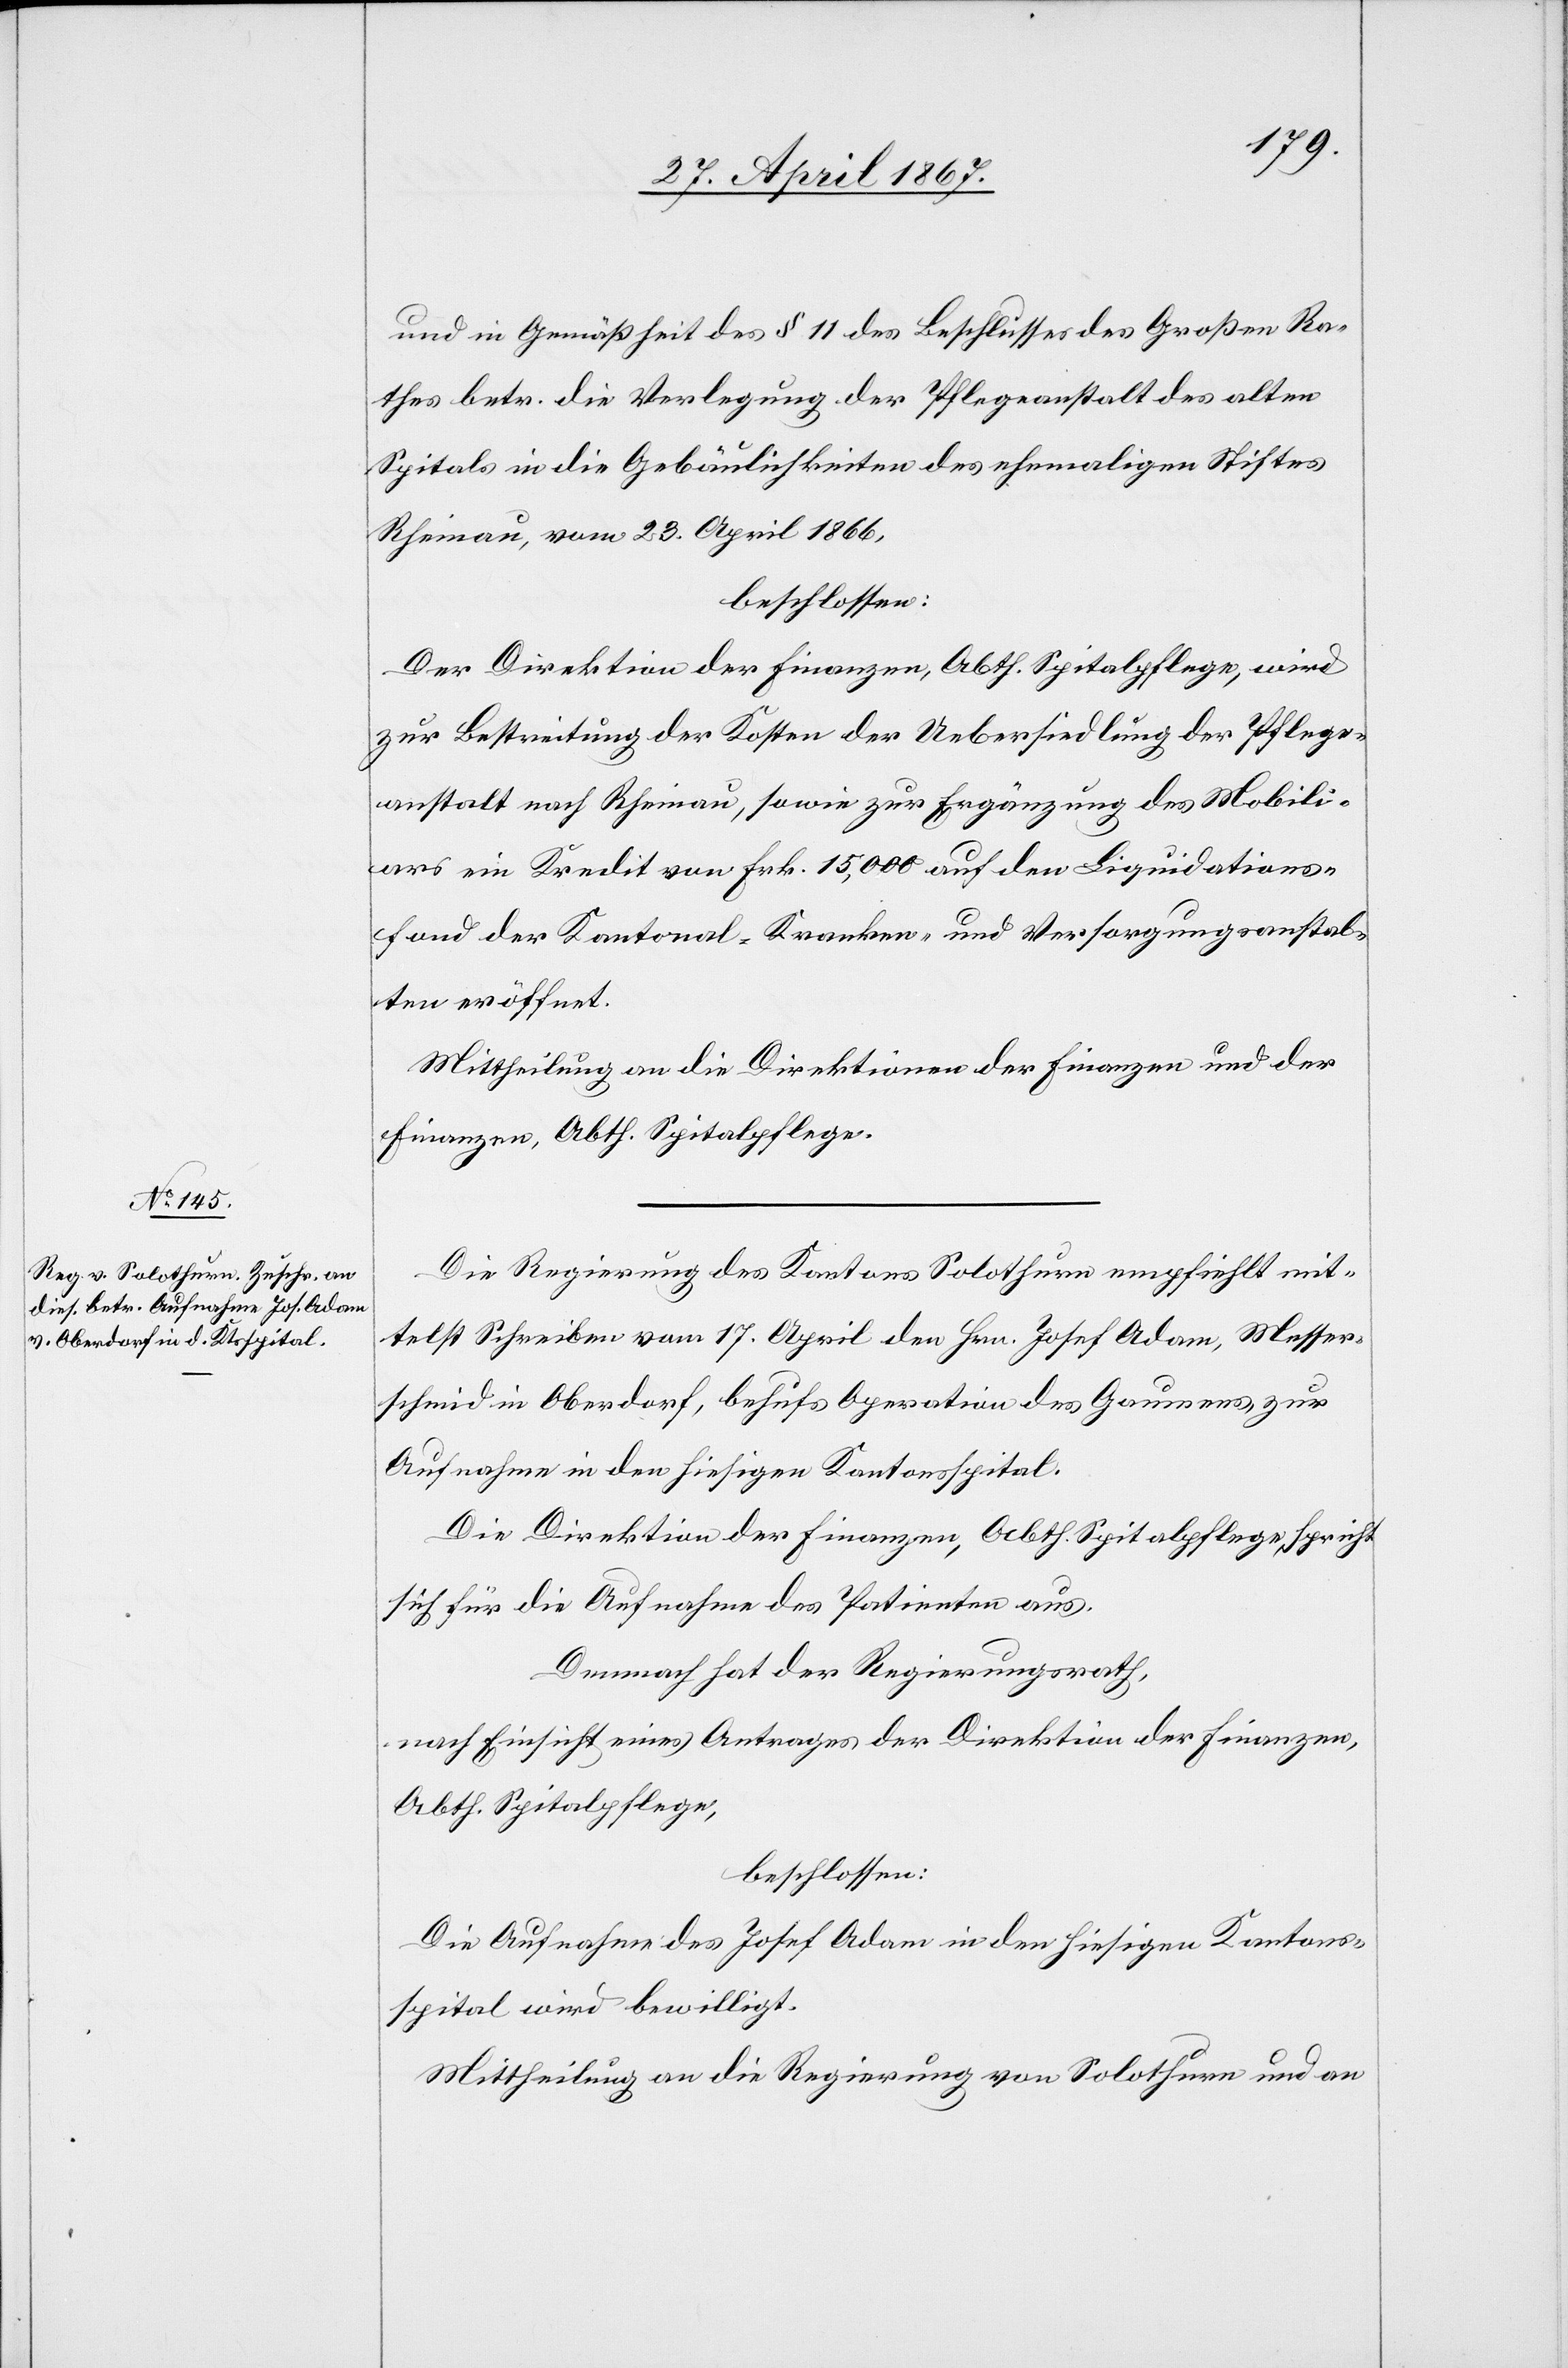
und in Gemäßheit des § 111 des Beschlusses des Großen Ra¬
thes betr. die Verlegung der Pflegeanstalt des alten
Spitals in die Gebäulichkeiten des ehemaligen Stiftes
Rheinau, vom 23. April 1866,
beschlossen.
Der Direktion der Finanzen, Abth. Spitalpflege, wird
zur Bestreitung der Kosten der Uebersiedlung der Pflege¬
anstalt nach Rheinau, sowie zur Ergänzung des Mobili¬
ars ein Kredit von Frk. 15,000 auf den Liquidations¬
fond der Kantonal-Kranken- und Versorgungsanstal¬
ten eröffnet.
Mittheilung an die Direktion der Finanzen und der
Finanzen, Abth. Spitalpflege.
Die Regierung des Kantons Solothurn empfiehlt mit¬
telst Schreiben vom 17. April den Hrn. Josef Adam, Messer¬
schmid in Oberdorf, behufs Operation des Gaumens zur
Aufnahme in den hiesigen Kantonsspital.
Die Direktion der Finanzen, Abth. Spitalpflege, spricht
sich für die Aufnahme des Patienten aus.
Demnach hat der Regierungsrath,
nach Einsicht eines Antrages der Direktion der Finanzen,
Abth. Spitalpflege,
beschlossen:
Die Aufnahme des Josef Adam in den hiesigen Kantons¬
spital wird bewilligt.
Mittheilung an die Regierung von Solothurn und an